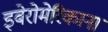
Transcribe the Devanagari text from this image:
इबेरोमेरिकाना